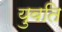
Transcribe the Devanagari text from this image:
युवति